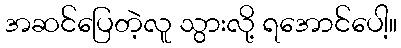
အဆင်ပြေတဲ့လူ သွားလို့ ရအောင်ပေါ့။